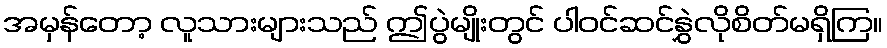
အမှန်တော့ လူသားများသည် ဤပွဲမျိုးတွင် ပါဝင်ဆင်နွှဲလိုစိတ်မရှိကြ။